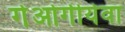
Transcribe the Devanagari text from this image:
गेओर्गीयेवा